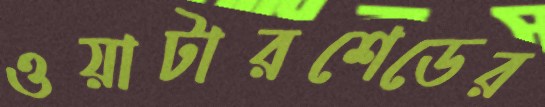
ওয়াটারশেডের